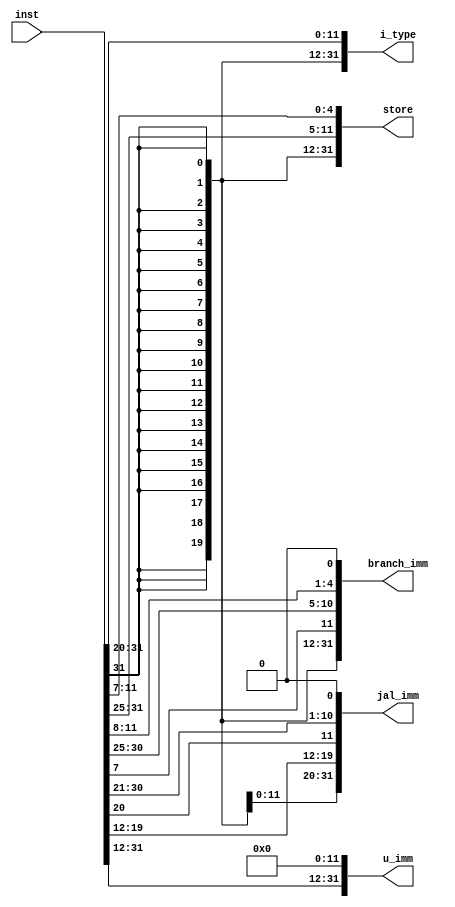
module imm_gen (inst,i_type,store,branch_imm,jal_imm,u_imm);
    input wire[31:0] inst;
    output reg [31:0] i_type,store,branch_imm,jal_imm,u_imm;
    reg [11:0] i,s;

    always @(*)begin
      //i_type//load//jalr
      i= inst [31:20];
      i_type={{20{i[11]}},i};
      //store
      s [4:0] = inst [11:7];
      s [11:5] = inst  [31:25];
      store={{20{s[11]}},s}; 
      //branch
      branch_imm = {{19{inst[31]}},inst[31],inst[7],inst[30:25],inst[11:8],1'b0};
      //jal
      jal_imm = {{11{inst[31]}},inst[31],inst[19:12],inst[20],inst[30:21],1'b0};
      //auips//lui
      u_imm = {{inst[31:12]},12'b0};
    end
endmodule